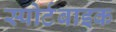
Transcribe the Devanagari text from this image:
स्पोर्टबाइक